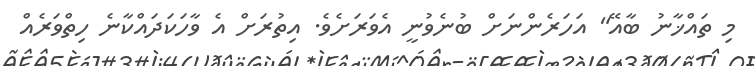
މި ތައްޚާނު ބާއޭ" އަހަރެންނަށް ބުނެވުނީ އެވަރަށެވެ. އިތުރަށް އެ ވާހަކަދައްކާނެ ހިތްވަރެއް